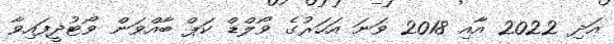
އަދި 2022 އާއި 2018 ވަނަ އަހަރުގެ ވޯލްޑް ކަޕް ބާއްވަން ވޯޓުދީފައިވާ